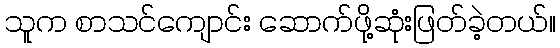
သူက စာသင်ကျောင်း ဆောက်ဖို့ဆုံးဖြတ်ခဲ့တယ်။